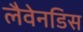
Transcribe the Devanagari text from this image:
लैवेनडिस